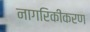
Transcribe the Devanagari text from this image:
नागरिकीकरण